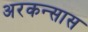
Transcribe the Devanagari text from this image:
अरकन्‍सास